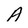
Character: A